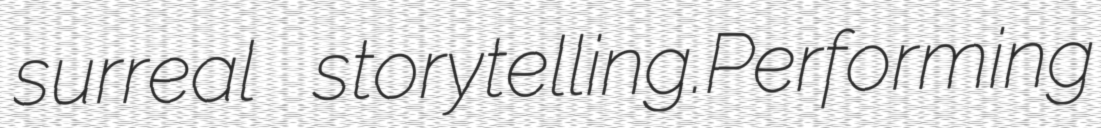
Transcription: surreal storytelling.Performing